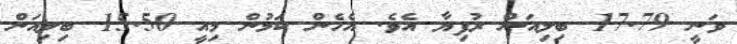
ވަނީ 17.79 ބިލިއަން ރުފިޔާ އެވެ. އެހެން ކަމުން މިއީ 15.50 ބިލިއަން